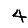
Digit: 4